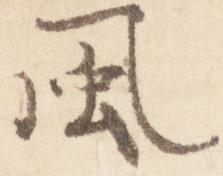
風